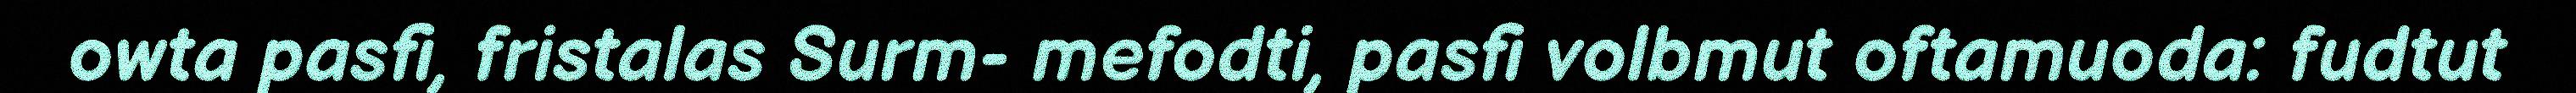
owta pasfi, fristalas Surm- mefodti, pasfi volbmut oftamuoda: fudtut